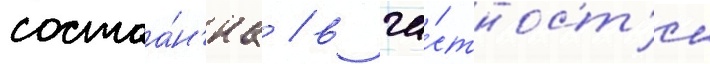
состоа́н'иа / в ча́стност'и